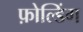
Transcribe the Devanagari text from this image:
फ़ोल्डिंग